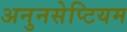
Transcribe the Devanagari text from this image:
अनुनसेप्टियम